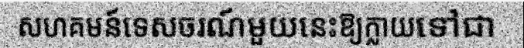
សហគមន៍ទេសចរណ៍មួយនេះឱ្យក្លាយទៅជា